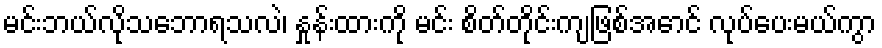
မင်းဘယ်လိုသဘောရသလဲ၊ နှုန်းထားကို မင်း စိတ်တိုင်းကျဖြစ်အောင် လုပ်ပေးမယ်ကွာ